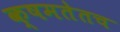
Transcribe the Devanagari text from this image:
क्षमतेतच